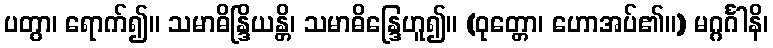
ပတွာ၊ ရောက်၍။ သမာဓိန္ဒြိယန္တိ၊ သမာဓိန္ဒြေဟူ၍။ (ဝုတ္တော၊ ဟောအပ်၏။) မဂ္ဂင်္ဂါနိ၊